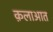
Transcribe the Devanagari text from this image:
क़लाआत